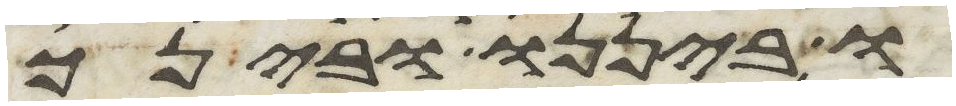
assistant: ביננו ובינך